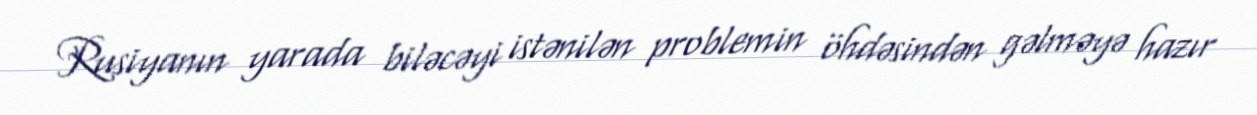
Rusiyanın yarada biləcəyi istənilən problemin öhdəsindən gəlməyə hazır